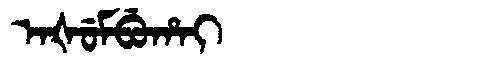
Manchu: ᠠᡧᡠᠮᠪᡠᡥᠠᡳ
Romanization: AŠUMBUHAI